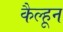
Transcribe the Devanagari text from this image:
कैल्हून